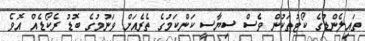
ތައިލެންޑުގެ ކޯޓުތަކުން ވެސް ސިޔާސީ ކަންކަމުގެ ތެރެއަށް ވަނުމުގެ ބޮޑު ރެކޯޑެއް އޮވެ